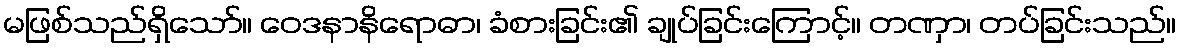
မဖြစ်သည်ရှိသော်။ ဝေဒနာနိရောဓာ၊ ခံစားခြင်း၏ ချုပ်ခြင်းကြောင့်။ တဏှာ၊ တပ်ခြင်းသည်။